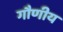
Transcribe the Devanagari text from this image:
गौणीय